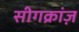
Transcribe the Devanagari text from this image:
सीगक्रांज़